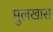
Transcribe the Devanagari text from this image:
मुलखास